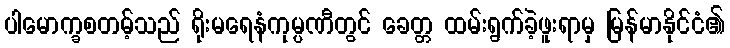
ပါမောက္ခစတမ့်သည် ရိုးမရေနံကုမ္ပဏီတွင် ခေတ္တ ထမ်းရွက်ခဲ့ဖူးရာမှ မြန်မာနိုင်ငံ၏